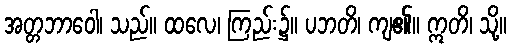
အတ္တဘာဝေါ၊ သည်။ ထလေ၊ ကြည်း၌။ ပဘတိ၊ ကျ၏။ ဣတိ၊ သို့။